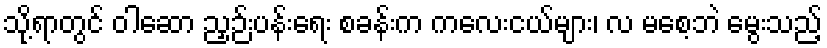
သို့ရာတွင် ဝါဆော ညှဉ်းပန်းရေး စခန်းက ကလေးငယ်များ၊ လ မစေ့ဘဲ မွေးသည့်